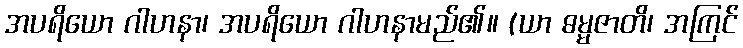
အပရိယော ဂါဟနာ၊ အပရိယော ဂါဟနာမည်၏။ (ယာ ဓမ္မဇာတိ၊ အကြင်